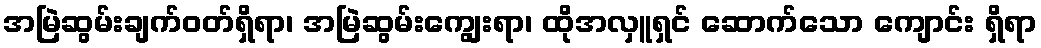
အမြဲဆွမ်းချက်ဝတ်ရှိရာ၊ အမြဲဆွမ်းကျွေးရာ၊ ထိုအလှူရှင် ဆောက်သော ကျောင်း ရှိရာ